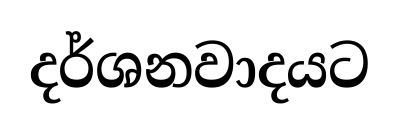
දර්ශනවාදයට